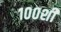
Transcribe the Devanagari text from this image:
१००शी